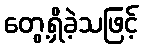
တွေ့ရှိခဲ့သဖြင့်